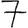
Digit: 7